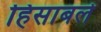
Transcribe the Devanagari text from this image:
हिसाबले